Account of plague administration in the Bombay Presidency from September 1896 till May 1897
Year: 1896
Disease focus: Plague
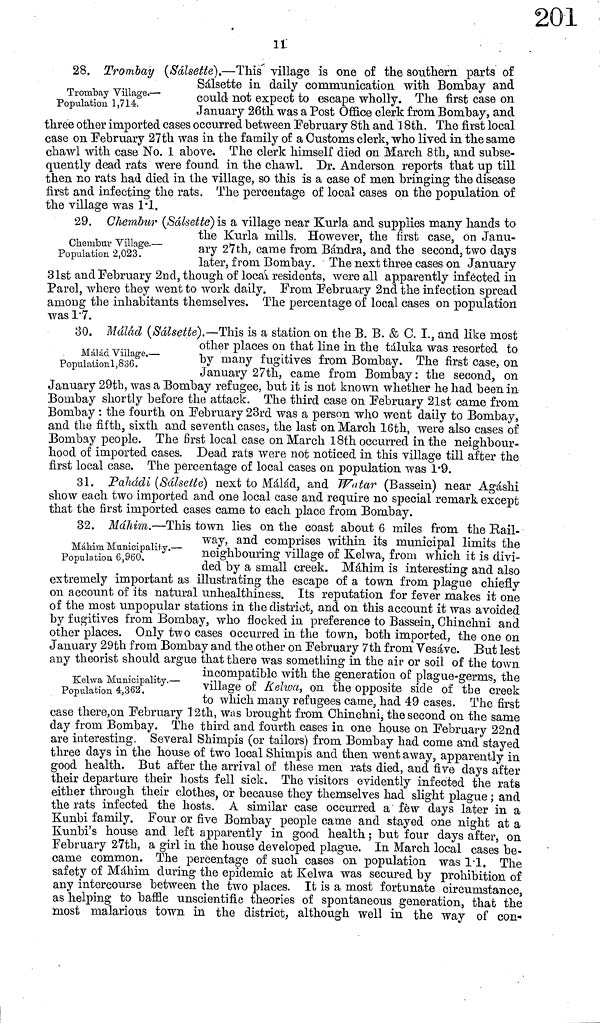
11
Trombay Village.—
Population l,714.
28. Trombay (Sálsette).—This village is one of the southern parts of
Sálsette in daily communication with Bombay and
could not expect to escape wholly. The first case on
January 26th was a Post Office clerk from Bombay, and
three other imported cases occurred between February 8th and 18th. The first local
case on February 27th was in the family of a Gustoms clerk, who lived in the same
chawl with case No. 1 above. The clerk himself died on March 8th, and subse-
quently dead rats were found in the chawl. Dr. Anderson reports that up till
then no rats had died in the village, so this is a case of men bringing the disease
first and infecting the rats. The percentage of local cases on the population, of
the village was 1·1.
Chembur Village.—
Population 2,023.
29. Chembur (Sálsette) is a village near Kurla and supplies many hands to
the Kurla mills. However, the first case, on Janu-
ary 27th, came from Bándra, and the second, two days
later, from. Bombay. The next three cases on January
31st and February 2nd, though of local residents, were all apparently infected in
Parel, where they went to work daily. From February 2nd the infection spread
among the inhabitants themselves. The percentage of local cases on population
was 1.7.
Málád Village,—
Populationl,836.
30. Málád (Sálsette).—This is a station on the B. B. & C. I., and like most
other places on that line in the táluka was resorted to
by many fugitives from Bombay. The first case, on
January 27th. came from Bombay: the second, on
January 29th, was a Bombay refugee, but it is not known whether he had been in
Bombay shortly before the attack. The third case on February 21st came from
Bombay : the fourth on February 23rd was a person who went daily to Bombay,
and the fifth, sixth and seventh cases, the last on March 16th, were also cases of
Bombay people. The first local case on March 18th occurred in the neighbour-
hood of imported cases. Dead rats were not noticed in this village till after the
first local case. The percentage of local cases on population was 1*9.
31. Pahádi (Sálsette) next to Málád, and Watar (Bassein) near Agáshi
show each two imported and one local case and require no special remark except
that the first imported cases came to each place from Bombay.
Máhim Municipality.—
Population 6,960.
Kelwa Municipality.—
Population 4,362.
32. Máhim.—This town lies on the coast about 6 miles from the Rail-
way, and comprises within its municipal limits the
neighbouring village of Kelwa, from which it is divi-
ded by a small creek. Máhim is interesting and also
extremely important as illustrating the escape of a town from plague chiefly
on account of its natural unhealthiness. Its reputation for fever makes it one
of the most unpopular stations in the district, and on this account it was avoided
by fugitives from Bombay, who flocked in preference to Bassein, Chinchni and
other places. Only two cases occurred in the town, both imported, the one on
January 29th from Bombay and the other on February 7th from Vesáve. But lest
any theorist should argue that there was something in the air or soil of the town
incompatible with the generation of plague-germs, the
village of Kelwa, on the opposite side of the creek
to which many refugees came, had 49 cases. The first
case there,on February 12th, was brought from Chinchni, the second on the same
day from Bombay. The third and fourth cases in one house on February 22nd
are interesting. Several Shimpis (or tailors) from. Bombay had come and stayed
three days in the house of two local Shimpis and then went away, apparently in
good health. But after the arrival of these men rats died, and five days after
their departure their hosts fell sick. The visitors evidently infected the rats
either through their clothes, or because they themselves had slight plague ; and
the rats infected the hosts. A similar case occurred a few days later in a
Kunbi family. Four or five Bombay people came and stayed one night at a
Kunbi's house and left apparently in good health ; but four days after, on
February 27th, a girl in the house developed plague. In March local cases be-
came common. The percentage of such cases on population was 1.1, The
safety of Máhim during the epidemic at Kelwa was secured by prohibition of
any intercourse between the two places. It is a most fortunate circumstance,
as helping to baffle unscientific theories of spontaneous generation, that the
most malarious town in the district, although well in the way of con-